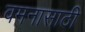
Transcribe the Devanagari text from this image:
वमनासाठी